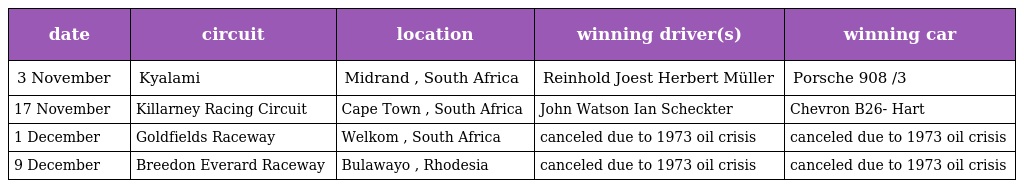
| date | circuit | location | winning driver(s) | winning car |
 | --- | --- | --- | --- | --- |
 | 3 November | Kyalami | Midrand , South Africa | Reinhold Joest Herbert Müller | Porsche 908 /3 |
 | 17 November | Killarney Racing Circuit | Cape Town , South Africa | John Watson Ian Scheckter | Chevron B26- Hart |
 | 1 December | Goldfields Raceway | Welkom , South Africa | canceled due to 1973 oil crisis | canceled due to 1973 oil crisis |
 | 9 December | Breedon Everard Raceway | Bulawayo , Rhodesia | canceled due to 1973 oil crisis | canceled due to 1973 oil crisis |